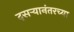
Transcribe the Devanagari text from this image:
दसऱ्यानंतरच्या